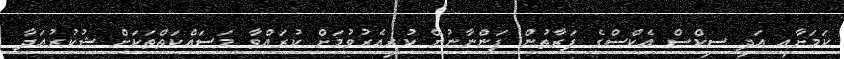
ކަމަށާއި އަދި ސިކްސް އެކްސްގެ ފަރާތުން ފަންނާނުން ކުރިއެރުވުމަށް ކުރައްވާ މަސައްކަތްތަކަށް ޝުކުރުއަދާ